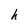
Character: h